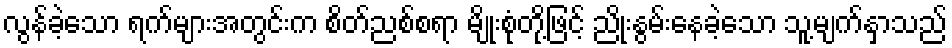
လွန်ခဲ့သော ရက်များအတွင်းက စိတ်ညစ်စရာ မျိုးစုံတို့ဖြင့် ညိုးနွမ်းနေခဲ့သော သူ့မျက်နှာသည်